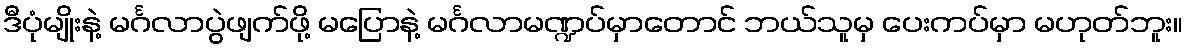
ဒီပုံမျိုးနဲ့ မင်္ဂလာပွဲဖျက်ဖို့ မပြောနဲ့ မင်္ဂလာမဏ္ဍပ်မှာတောင် ဘယ်သူမှ ပေးကပ်မှာ မဟုတ်ဘူး။